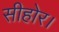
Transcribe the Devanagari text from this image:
सीहोर।